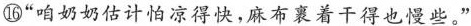
⑯“咱奶奶估计怕凉得快，麻布裹着干得也慢些。”